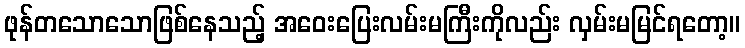
ဖုန်တသောသောဖြစ်နေသည့် အဝေးပြေးလမ်းမကြီးကိုလည်း လှမ်းမမြင်ရတော့။